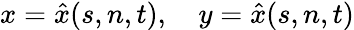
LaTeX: x=\hat{x}(s,n,t),\quad y=\hat{x}(s,n,t)